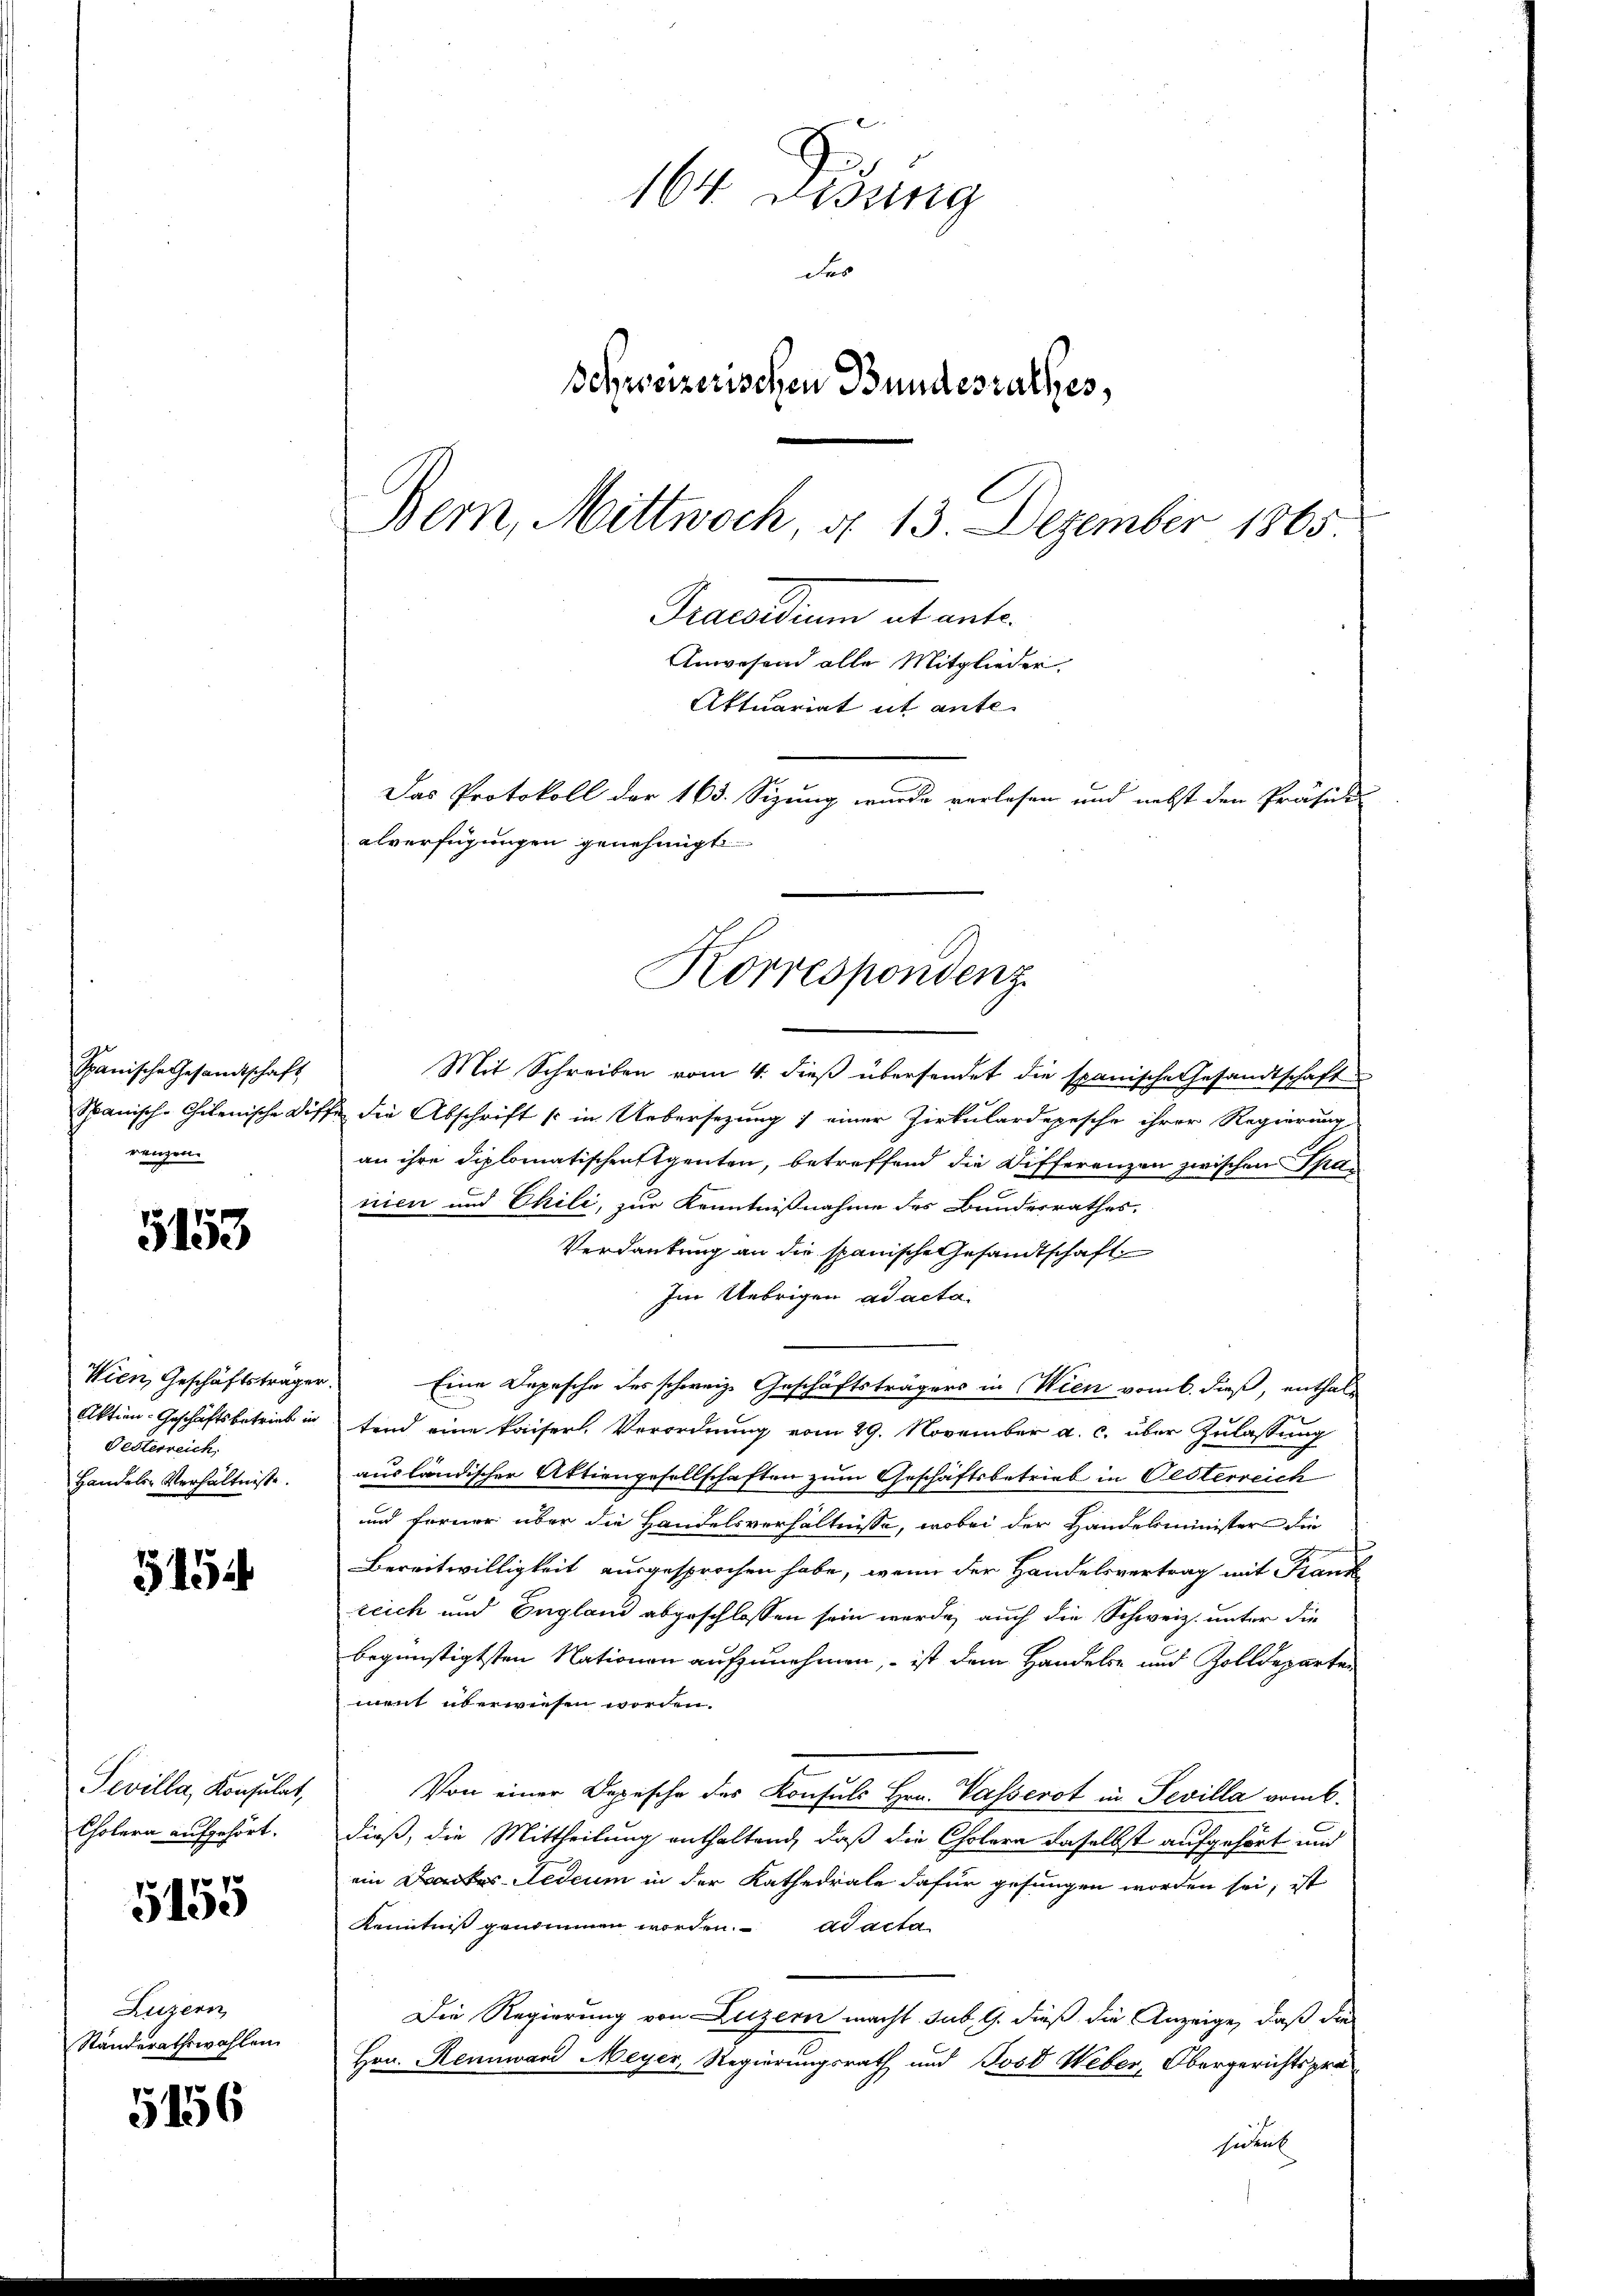
Spanische Gesandtschaft
rangen.

5153

Wien, Geschäftsträger.
Festerreich.
Handels-Verhältnisse.

5154

Pevilla, Konsulat,
Cholera aufgehört.

f 8 x
513.

Luzern
Standerathswahlen.

5156

164. Disung
des
Schweizerischen Bundesrathes,
Bern, Mittwoch, d. 13. Dezember 1865
Grandum abante
Anwesend alle Mitglieder.
Aktuariat it ante-
Das Protokoll der 163. Sizung wurde verlesen und nebst den Präsidi
alverfügungen genehmigt

Korrespondenz

Mit Schreiben vom 4. dieß übersendet die spanische Gesandtschaft
Spanisch-chilenische Diffe die Abschrift so in Uebersezung; einer Zirkulardepesche ihrer Regierung
an ihre diplomatischenstgenten, betreffend die Differenzen zwischen Spanien und Phili, zur Kenntnißnahme des Bundesrathes.
Verdankung an die spanische Gesandtschaft
Im Uebrigen ad acta.
Eine Depesche des schweiz. Geschäftsträgers in Wien vom 6. dieß, enthal¬
Aktien-Geschäftsbetrieb in fand eine kaiserl. Verordnung vom 29. November a. c. über Zulassung
ausländischer Aktiengesellschaften zum Geschäftsbetrieb in Gesterreich
und ferner über die Handelsverhältnisse, wobei der Handelsminister die
Bereitwilligkeit ausgesprochen habe, wenn der Handelsvertrag mit Krank
zeich und England abgeschlossen sein werde, auch die Schweiz. unter die
begünstigtsten Nationen aufzunehmen, – ist dem Handels- und Zolldeparten
ment überwiesen worden.
Von einer Depesche des Konsuls Hrn. Wasserot in Tevilla vom 6.
dieß, die Mittheilung enthaltend, daß die Cholera daselbst aufgehört und
ein Dankes Fedium in der Kathedrale dafür gesungen worden sei, ist
Kenntniß genommen worden. ad acta
Die Regierung von Luzern macht, sub. 9. dieß die Anzeige, daß die
Hrn. Rennwand Meyer, Regierungsrath und Joso Weber, Obergerichtsprä
sident